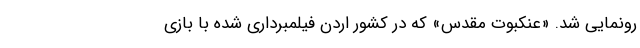
رونمایی شد. «عنکبوت مقدس» که در کشور اردن فیلمبرداری شده با بازی